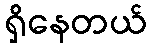
ရှိနေတယ်